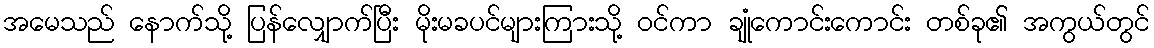
အမေသည် နောက်သို့ ပြန်လျှောက်ပြီး မိုးမခပင်များကြားသို့ ဝင်ကာ ချုံကောင်းကောင်း တစ်ခု၏ အကွယ်တွင်